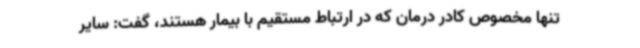
تنها مخصوص کادر درمان که در ارتباط مستقیم با بیمار هستند، گفت: سایر